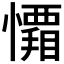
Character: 𭟑